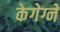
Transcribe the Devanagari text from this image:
केगेग्ने